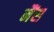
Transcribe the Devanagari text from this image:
नैंस